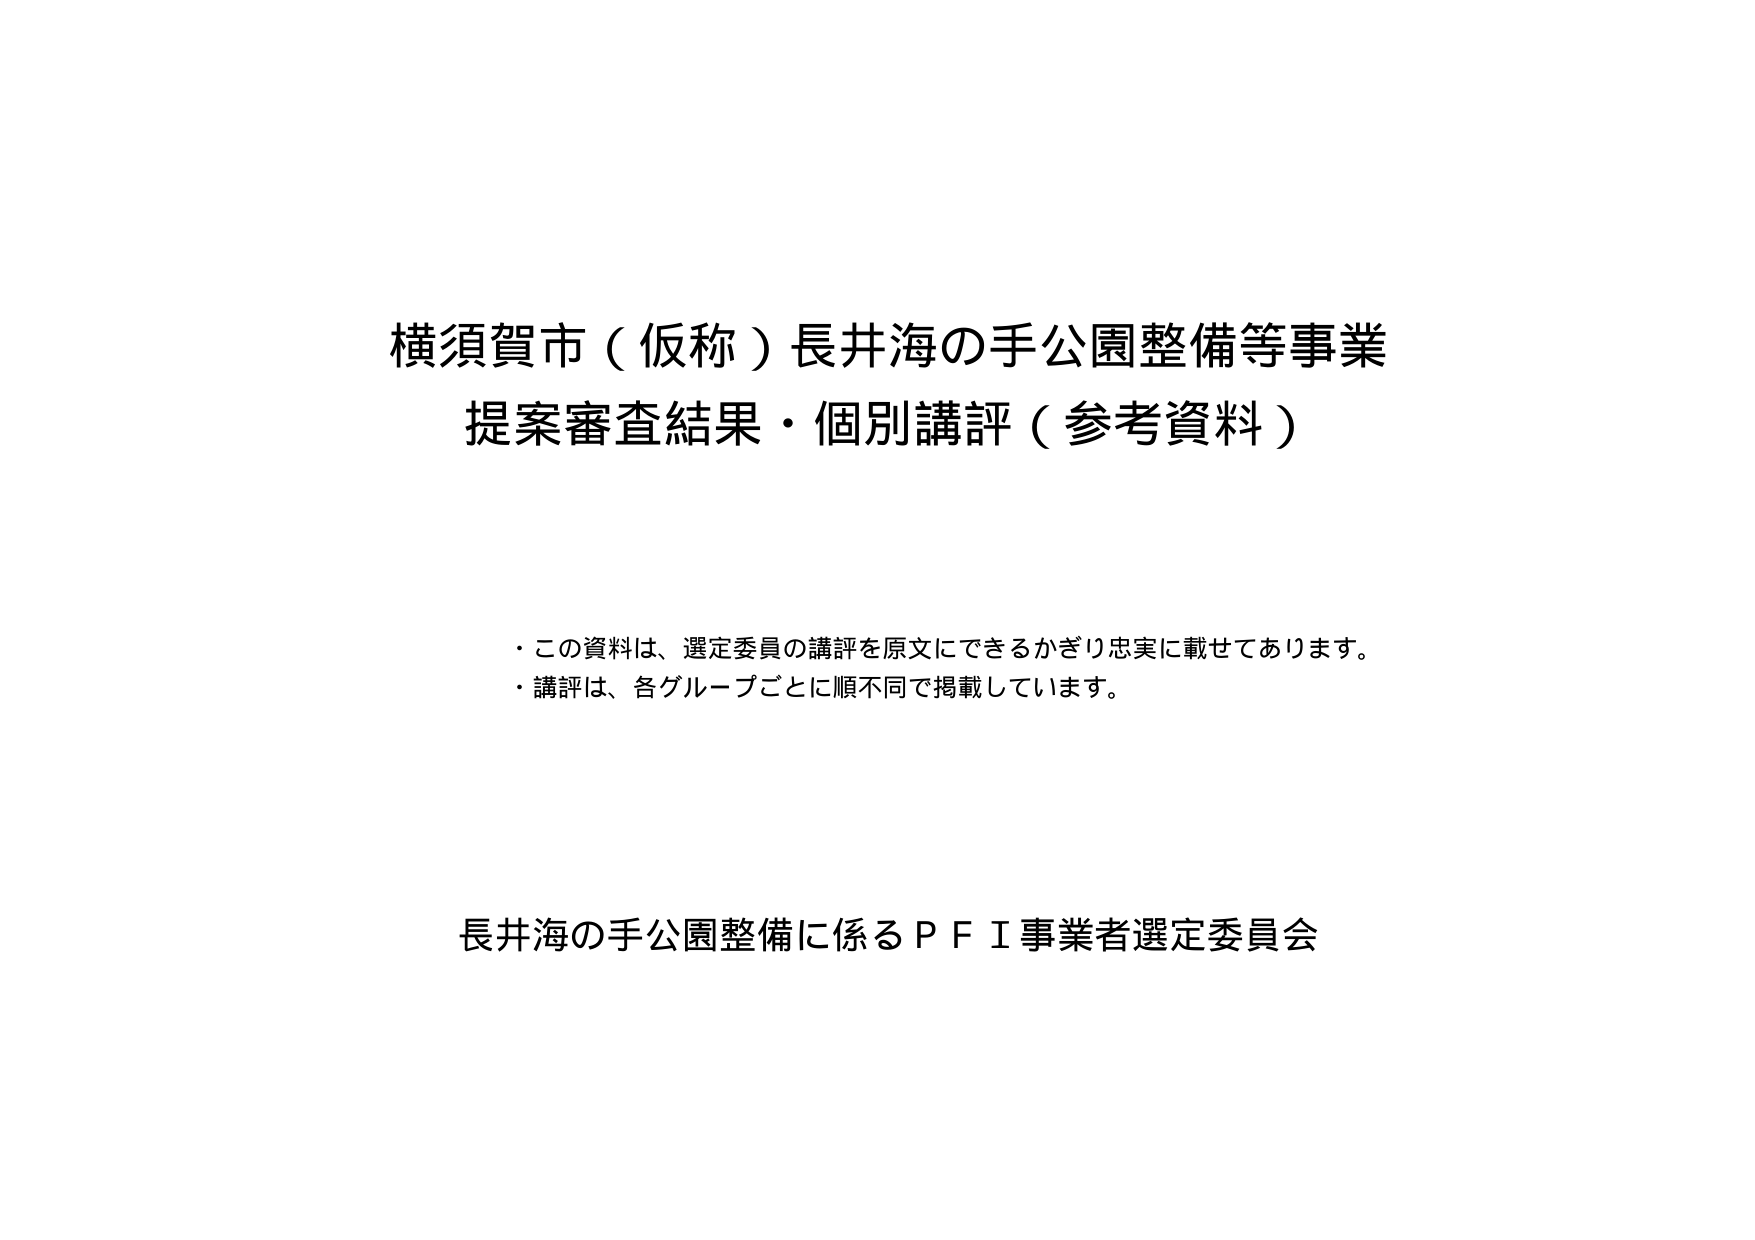
横須賀市（仮称）長井海の手公園整備等事業
提案審査結果・個別講評（参考資料）

・この資料は、選定委員の講評を原文にできるかぎり忠実に載せてあります。
・講評は、各グループごとに順不同で掲載しています。

長井海の手公園整備に係るＰＦＩ事業者選定委員会